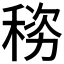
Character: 𬓯